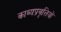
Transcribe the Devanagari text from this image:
काव्यप्रवृत्तियों